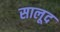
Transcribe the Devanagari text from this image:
सालूद